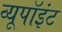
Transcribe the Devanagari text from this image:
व्यूपॉइंट